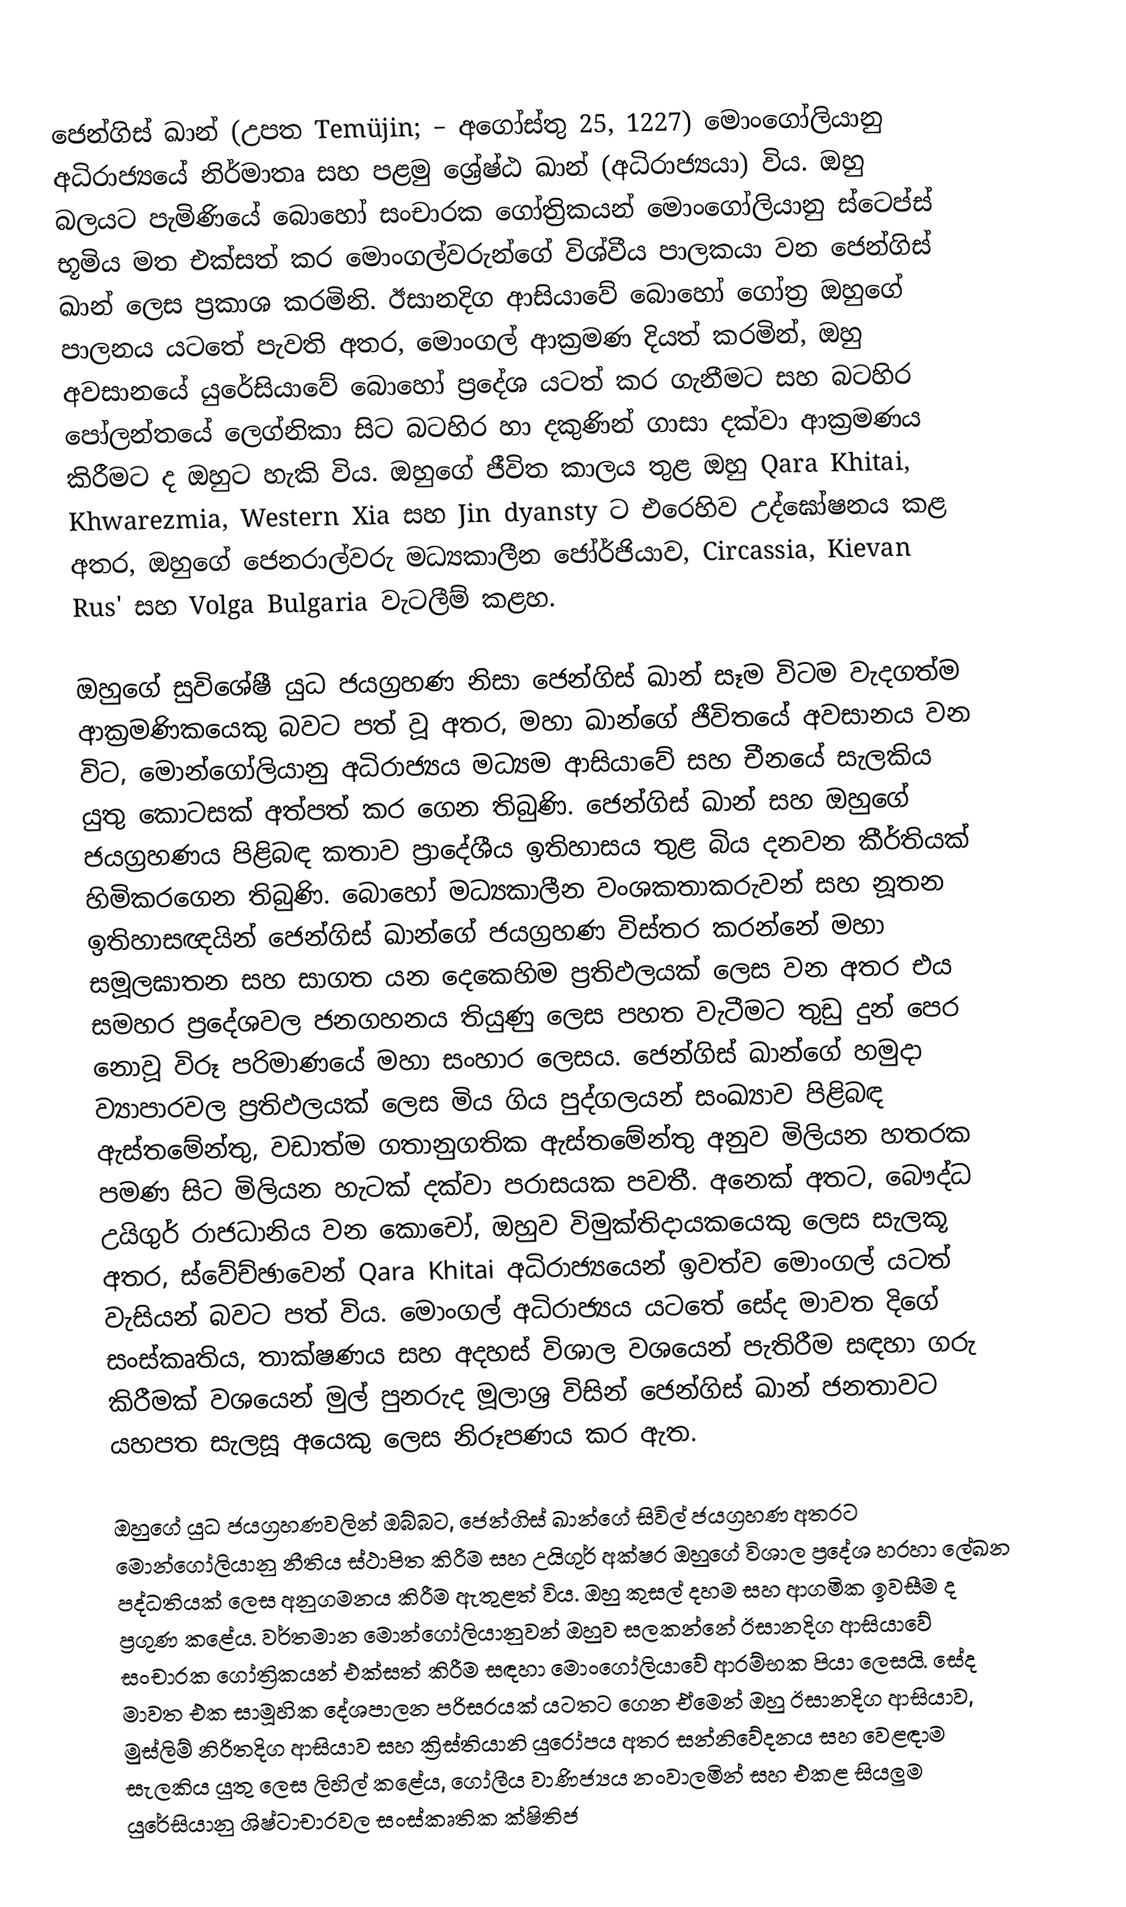
ජෙන්ගිස් ඛාන් (උපත Temüjin;  – අගෝස්තු 25, 1227) මොංගෝලියානු අධිරාජ්‍යයේ නිර්මාතෘ සහ පළමු ශ්‍රේෂ්ඨ ඛාන් (අධිරාජ්‍යයා) විය. ඔහු බලයට පැමිණියේ බොහෝ සංචාරක ගෝත්‍රිකයන් මොංගෝලියානු ස්ටෙප්ස් භූමිය මත එක්සත් කර මොංගල්වරුන්ගේ විශ්වීය පාලකයා වන ජෙන්ගිස් ඛාන් ලෙස ප්‍රකාශ කරමිනි. ඊසානදිග ආසියාවේ බොහෝ ගෝත්‍ර ඔහුගේ පාලනය යටතේ පැවති අතර, මොංගල් ආක්‍රමණ දියත් කරමින්, ඔහු අවසානයේ යුරේසියාවේ බොහෝ ප්‍රදේශ යටත් කර ගැනීමට සහ බටහිර පෝලන්තයේ ලෙග්නිකා සිට බටහිර හා දකුණින් ගාසා දක්වා ආක්‍රමණය කිරීමට ද ඔහුට හැකි විය. ඔහුගේ ජීවිත කාලය තුළ ඔහු Qara Khitai, Khwarezmia, Western Xia සහ Jin dyansty ට එරෙහිව උද්ඝෝෂනය කළ අතර, ඔහුගේ ජෙනරාල්වරු මධ්‍යකාලීන ජෝර්ජියාව, Circassia, Kievan Rus' සහ Volga Bulgaria වැටලීම් කළහ.

ඔහුගේ සුවිශේෂී යුධ ජයග්‍රහණ නිසා ජෙන්ගිස් ඛාන් සෑම විටම වැදගත්ම ආක්‍රමණිකයෙකු බවට පත් වූ අතර, මහා ඛාන්ගේ ජීවිතයේ අවසානය වන විට, මොන්ගෝලියානු අධිරාජ්‍යය මධ්‍යම ආසියාවේ සහ චීනයේ සැලකිය යුතු කොටසක් අත්පත් කර ගෙන තිබුණි. ජෙන්ගිස් ඛාන් සහ ඔහුගේ ජයග්‍රහණය පිළිබඳ කතාව ප්‍රාදේශීය ඉතිහාසය තුළ බිය දනවන කීර්තියක් හිමිකරගෙන තිබුණි. බොහෝ මධ්‍යකාලීන වංශකතාකරුවන් සහ නූතන ඉතිහාසඥයින් ජෙන්ගිස් ඛාන්ගේ ජයග්‍රහණ විස්තර කරන්නේ මහා සමූලඝාතන සහ සාගත යන දෙකෙහිම ප්‍රතිඵලයක් ලෙස වන අතර එය සමහර ප්‍රදේශවල ජනගහනය තියුණු ලෙස පහත වැටීමට තුඩු දුන් පෙර නොවූ විරූ පරිමාණයේ මහා සංහාර ලෙසය. ජෙන්ගිස් ඛාන්ගේ හමුදා ව්‍යාපාරවල ප්‍රතිඵලයක් ලෙස මිය ගිය පුද්ගලයන් සංඛ්‍යාව පිළිබඳ ඇස්තමේන්තු, වඩාත්ම ගතානුගතික ඇස්තමේන්තු අනුව මිලියන හතරක පමණ සිට මිලියන හැටක් දක්වා පරාසයක පවතී. අනෙක් අතට, බෞද්ධ උයිගුර් රාජධානිය වන කොචෝ, ඔහුව විමුක්තිදායකයෙකු ලෙස සැලකූ අතර, ස්වේච්ඡාවෙන් Qara Khitai අධිරාජ්‍යයෙන් ඉවත්ව මොංගල් යටත් වැසියන් බවට පත් විය. මොංගල් අධිරාජ්‍යය යටතේ සේද මාවත දිගේ සංස්කෘතිය, තාක්ෂණය සහ අදහස් විශාල වශයෙන් පැතිරීම සඳහා ගරු කිරීමක් වශයෙන් මුල් පුනරුද මූලාශ්‍ර විසින් ජෙන්ගිස් ඛාන් ජනතාවට යහපත සැලසූ අයෙකු ලෙස නිරූපණය කර ඇත.

ඔහුගේ යුධ ජයග්‍රහණවලින් ඔබ්බට, ජෙන්ගිස් ඛාන්ගේ සිවිල් ජයග්‍රහණ අතරට මොන්ගෝලියානු නීතිය ස්ථාපිත කිරීම සහ උයිගුර් අක්ෂර ඔහුගේ විශාල ප්‍රදේශ හරහා ලේඛන පද්ධතියක් ලෙස අනුගමනය කිරීම ඇතුළත් විය. ඔහු කුසල් දහම සහ ආගමික ඉවසීම ද ප්‍රගුණ කළේය. වර්තමාන මොන්ගෝලියානුවන් ඔහුව සලකන්නේ ඊසානදිග ආසියාවේ සංචාරක ගෝත්‍රිකයන් එක්සත් කිරීම සඳහා මොංගෝලියාවේ ආරම්භක පියා ලෙසයි. සේද මාවත එක සාමූහික දේශපාලන පරිසරයක් යටතට ගෙන ඒමෙන් ඔහු ඊසානදිග ආසියාව, මුස්ලිම් නිරිතදිග ආසියාව සහ ක්‍රිස්තියානි යුරෝපය අතර සන්නිවේදනය සහ වෙළඳාම සැලකිය යුතු ලෙස ලිහිල් කළේය, ගෝලීය වාණිජ්‍යය නංවාලමින් සහ එකළ සියලුම යුරේසියානු ශිෂ්ටාචාරවල සංස්කෘතික ක්ෂිතිජ